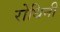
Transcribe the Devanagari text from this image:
रोधिनी